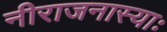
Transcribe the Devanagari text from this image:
नीराजनास्याः